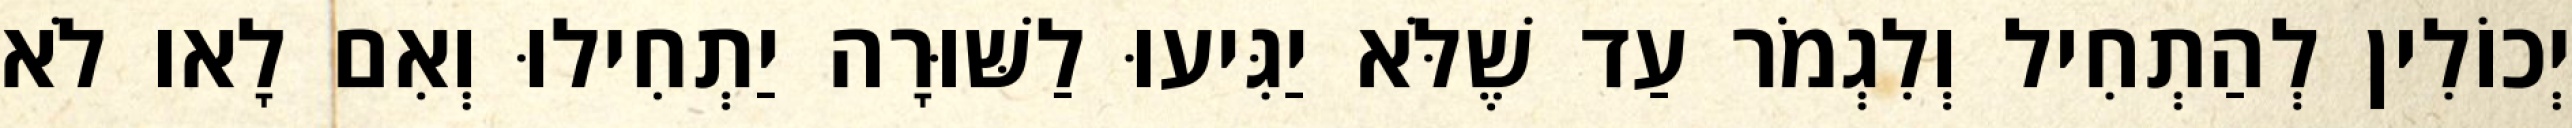
יְכוֹלִין לְהַתְחִיל וְלִגְמֹר עַד שֶׁלֹּא יַגִּיעוּ לַשּׁוּרָה יַתְחִילוּ וְאִם לָאו לֹא